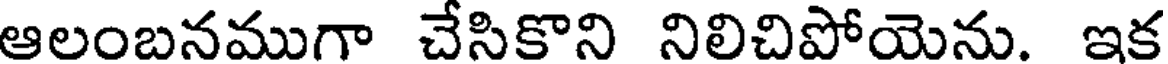
ఆలంబనముగా చేసికొని నిలిచిపోయెను. ఇక